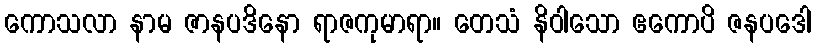
ကောသလာ နာမ ဇာနပဒိနော ရာဇကုမာရာ။ တေသံ နိဝါသော ဧကောပိ ဇနပဒေါ